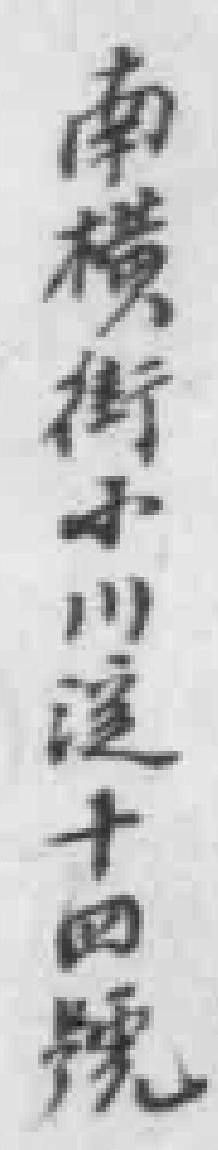
南橫街小川溪十四號